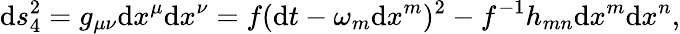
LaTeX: \mathrm{d}s_{4}^{2}=g_{\mu\nu}\mathrm{d}x^{\mu}\mathrm{d}x^{\nu}=f(\mathrm{d}t-\omega_{m}\mathrm{d}x^{m})^{2}-f^{-1}h_{mn}\mathrm{d}x^{m}\mathrm{d}x^{n},